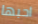
احبها